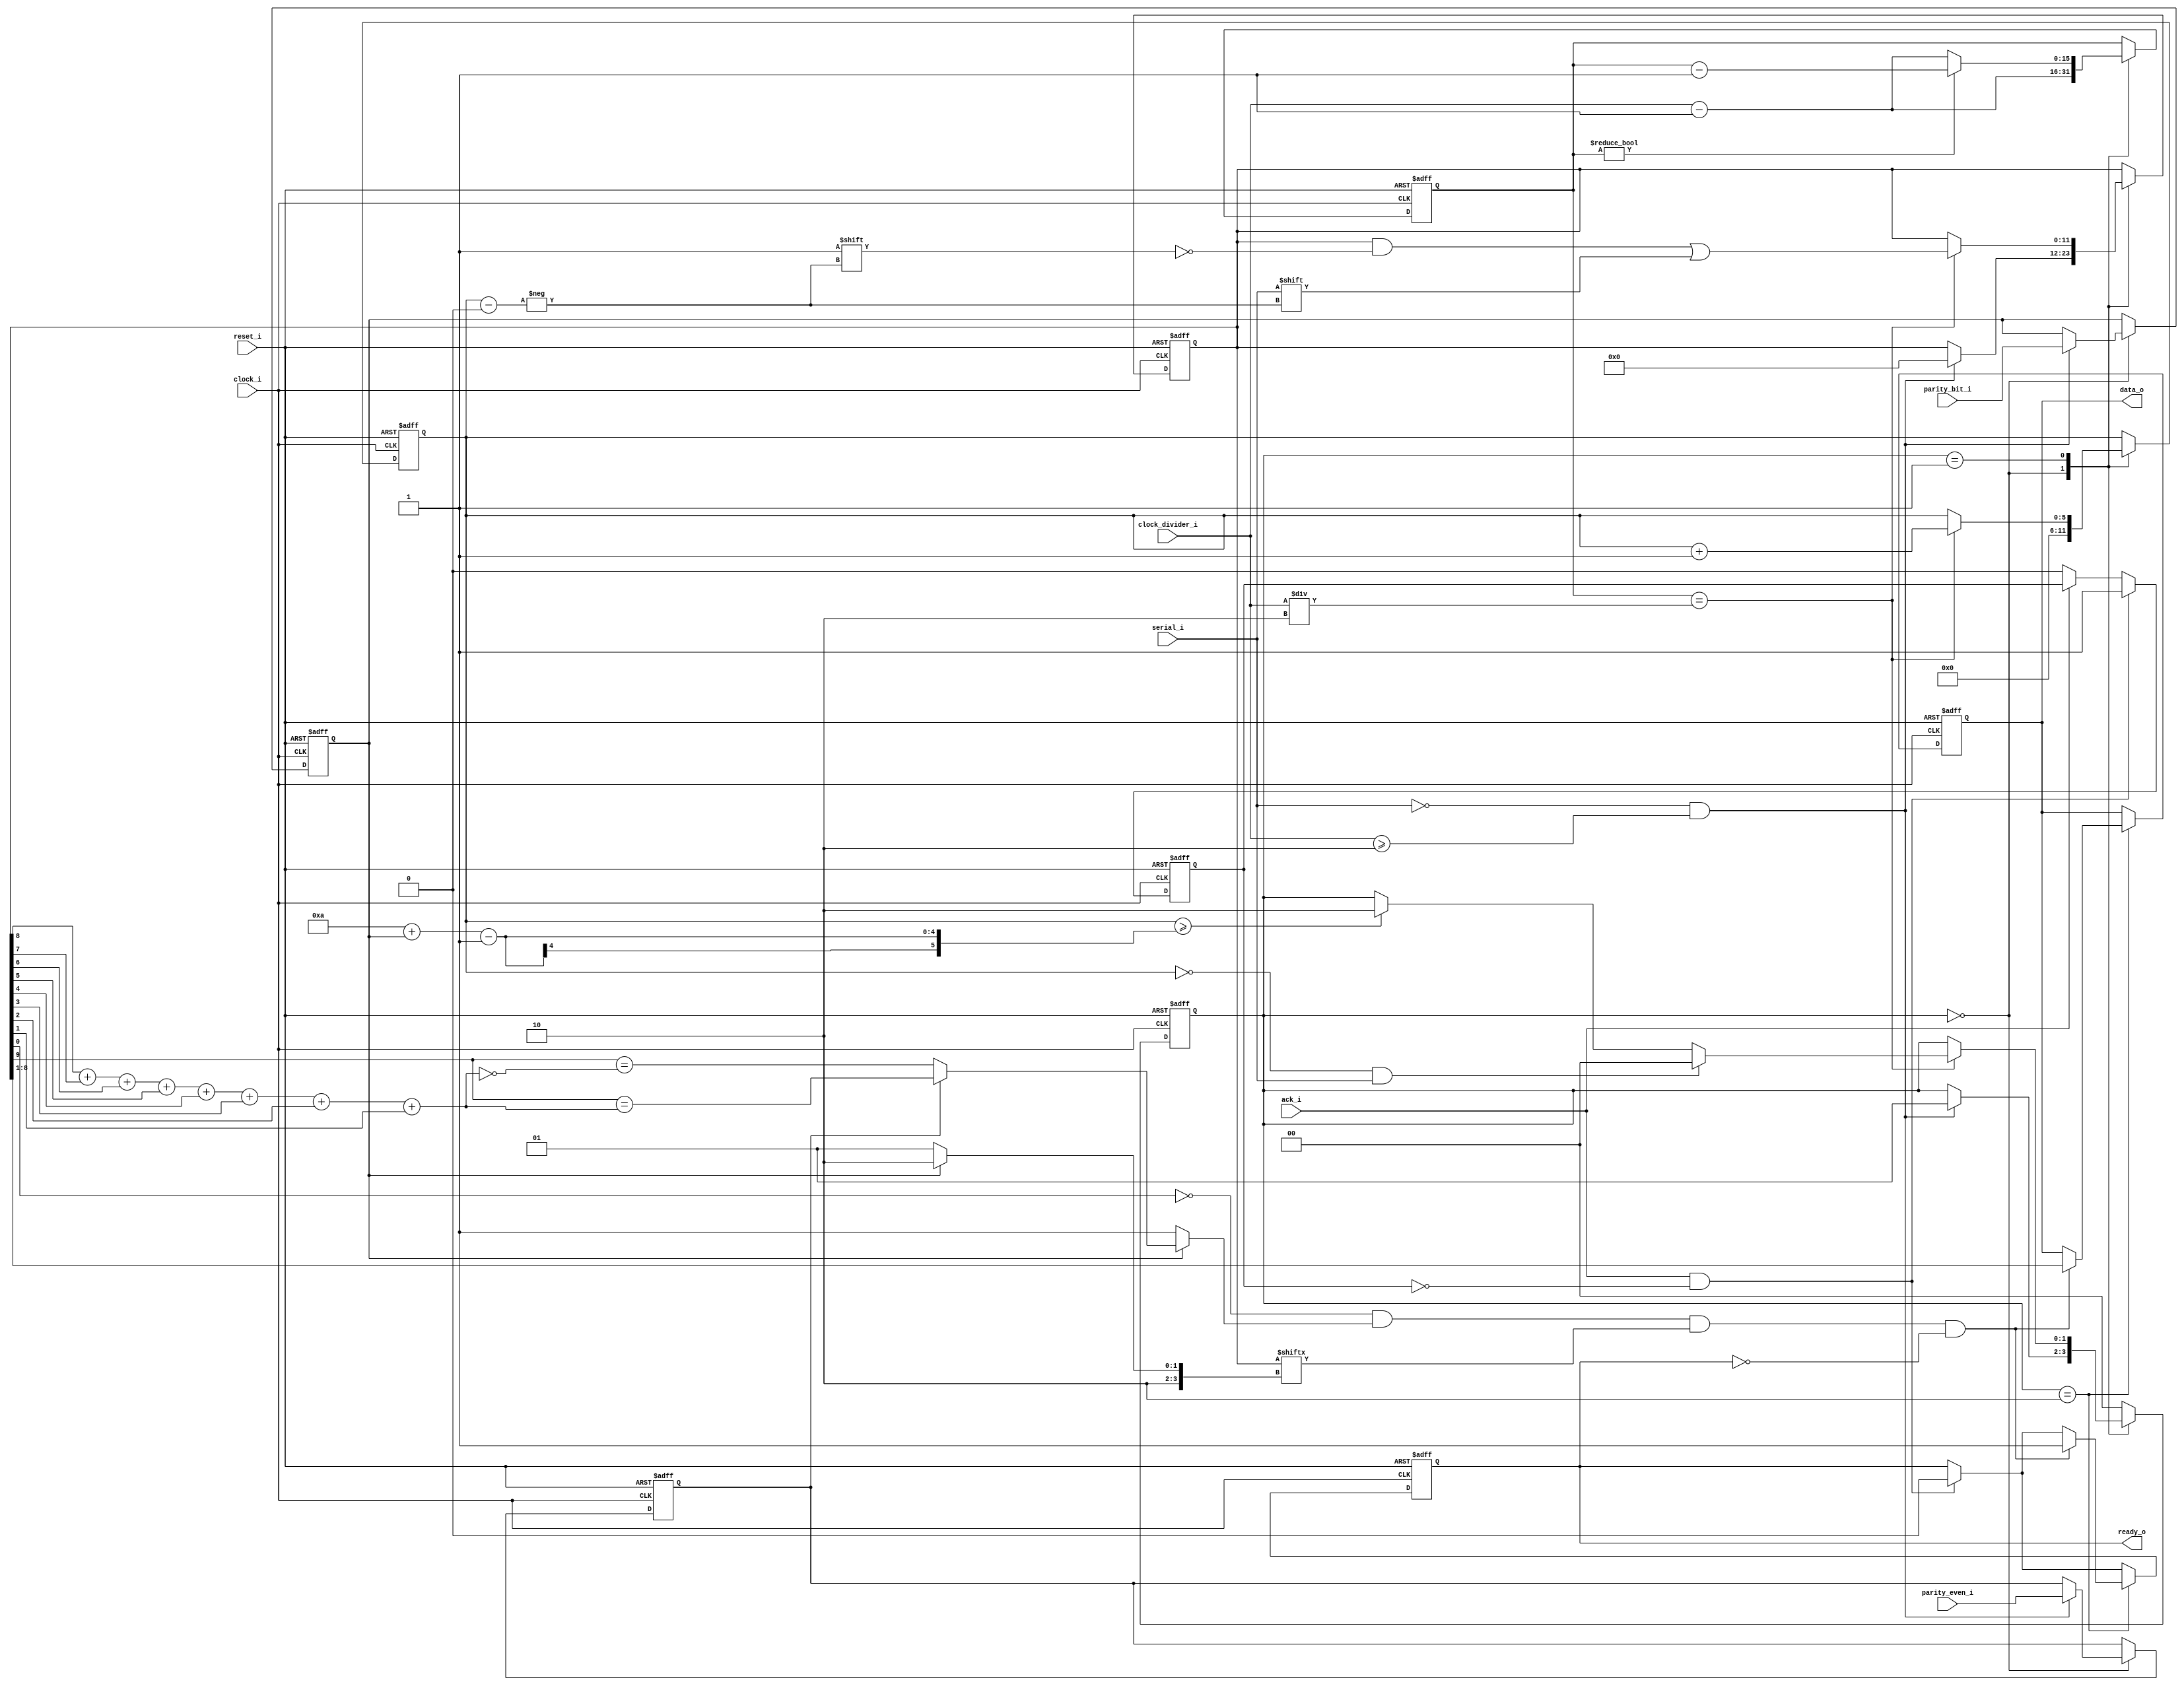
module uart_rx #(
  // Tune the clock divider bit width to your design to avoid wasting gates.
  // 
  // Example:
  // Assuming a 10MHz clock and a desired baud rate of 115200, the divider
  // value is 87. 87 fits into 7 bits, and therefore `CLOCK_DIVIDER_WIDTH`
  // in this instance can be set to 7.
  parameter CLOCK_DIVIDER_WIDTH = 16
) (
  // Module reset.
  input reset_i,

  // Clock input.
  input clock_i,

  // Divides the `clock_i` signal to achieve the desired baud rate. This value
  // must be a minimum of 2 for the receiver to operate.
  input [CLOCK_DIVIDER_WIDTH - 1:0] clock_divider_i,
  
  // UART serial input.
  input serial_i,

  // Data bus output.
  output reg [7:0] data_o = 8'h00,

  // Receiver has received a packet and will not overwrite `data_o` until the
  // data is acknowledged with `ack_i`.
  output reg ready_o = 1'b0,

  // Acknowledge byte received.
  input ack_i,

  // Use the parity bit if high, no parity if low.
  input parity_bit_i,

  // Use even parity if high, odd parity if low.
  input parity_even_i
);

localparam STATE_IDLE = 0;
localparam STATE_RECEIVE_PACKET = 1;
localparam STATE_VALIDATE_PACKET = 2;

localparam START_BIT_NUM = 6'd0;
localparam PARITY_BIT_NUM = 4'd9;

reg [1:0] state = STATE_IDLE;
reg [CLOCK_DIVIDER_WIDTH - 1:0] bit_timer = 0;
reg [5:0] select_packet_bit = 0;
reg parity_bit = 1'b0;
reg parity_even = 1'b0;
reg ack_has_triggered = 1'b0;
reg [11:0] packet = 12'h000;

wire [CLOCK_DIVIDER_WIDTH - 1:0] bit_timer_start_value = clock_divider_i - 1'd1;
wire [CLOCK_DIVIDER_WIDTH - 1:0] sample_position = clock_divider_i / 2'd2;
wire [3:0] total_bits_to_receive = 4'd10 + parity_bit;

wire start_bit_valid = packet[0] == 1'b0;

wire [3:0] stop_bit_offset = parity_bit ? PARITY_BIT_NUM + 1'd1 : PARITY_BIT_NUM;
wire stop_bit_valid = packet[stop_bit_offset] == 1'b1;

wire even_parity_value =
  1'h01 & (
    packet[8] +
    packet[7] +
    packet[6] +
    packet[5] +
    packet[4] +
    packet[3] +
    packet[2] +
    packet[1]
  );

wire even_parity_valid = packet[PARITY_BIT_NUM] == even_parity_value;
wire odd_parity_valid = packet[PARITY_BIT_NUM] == ~even_parity_value;

wire parity_valid = parity_bit
  ? (parity_even ? even_parity_valid : odd_parity_valid)
  : 1'b1;

wire packet_valid =
  start_bit_valid &&
  parity_valid &&
  stop_bit_valid;

always @ (posedge reset_i, posedge clock_i) begin
  if (reset_i) begin
    state <= STATE_IDLE;
    data_o <= 8'h00;
    ready_o <= 1'b0;
    bit_timer <= 0;
    select_packet_bit <= 0;
    packet <= 12'h000;
    parity_bit <= 1'b0;
    parity_even <= 1'b0;
    ack_has_triggered <= 1'b0;
  end
  else begin
    if (!ack_i)
      ack_has_triggered <= 1'b0;

    if (ack_i && !ack_has_triggered) begin
      ready_o <= 1'b0;
      ack_has_triggered <= 1'b1;
    end

    case (state)
      STATE_IDLE:
        begin
          bit_timer <= bit_timer_start_value;
          select_packet_bit <= 0;

          if (!serial_i && clock_divider_i >= 2'd2) begin
            packet <= 12'h000;
            parity_bit <= parity_bit_i;
            parity_even <= parity_even_i;

            state <= STATE_RECEIVE_PACKET;
          end
        end

      STATE_RECEIVE_PACKET:
        begin
          if (bit_timer == sample_position) begin
            packet[select_packet_bit] <= serial_i;
            select_packet_bit <= select_packet_bit + 1'd1;

            if (select_packet_bit == START_BIT_NUM && serial_i == 1'b1)
              // Start bit not valid. May have triggered due to noise.
              state <= STATE_IDLE;
            else if (select_packet_bit >= total_bits_to_receive - 1'd1)
              state <= STATE_VALIDATE_PACKET;
          end

          if (bit_timer != 0)
            bit_timer <= bit_timer - 1'd1;
          else
            bit_timer <= bit_timer_start_value;
        end

      STATE_VALIDATE_PACKET:
        begin
          if (packet_valid && !ready_o) begin
            data_o <= packet[8:1];
            ready_o <= 1'b1;
          end

          state <= STATE_IDLE;
        end

      default:
        state <= STATE_IDLE;
    endcase
  end
end

endmodule